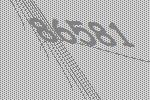
86581